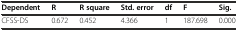
| Dependent | R | R square | Std. error | df | F | Sig. |
 | --- | --- | --- | --- | --- | --- | --- |
 | CFSS-DS | 0.672 | 0.452 | 4.366 | 1 | 187.698 | 0.000 |